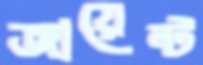
জায়েন্ট